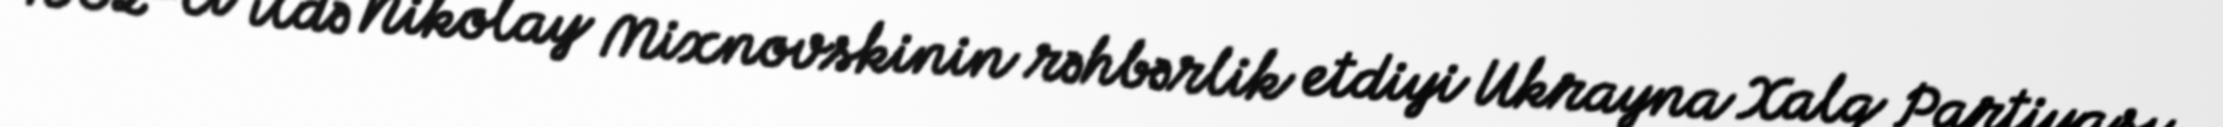
1902-ci ildə Nikolay Mixnovskinin rəhbərlik etdiyi Ukrayna Xalq Partiyası,